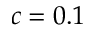
c = 0 . 1